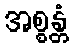
အစ္စန္တံ